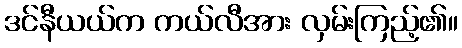
ဒင်နီယယ်က ကယ်လီအား လှမ်းကြည့်၏။